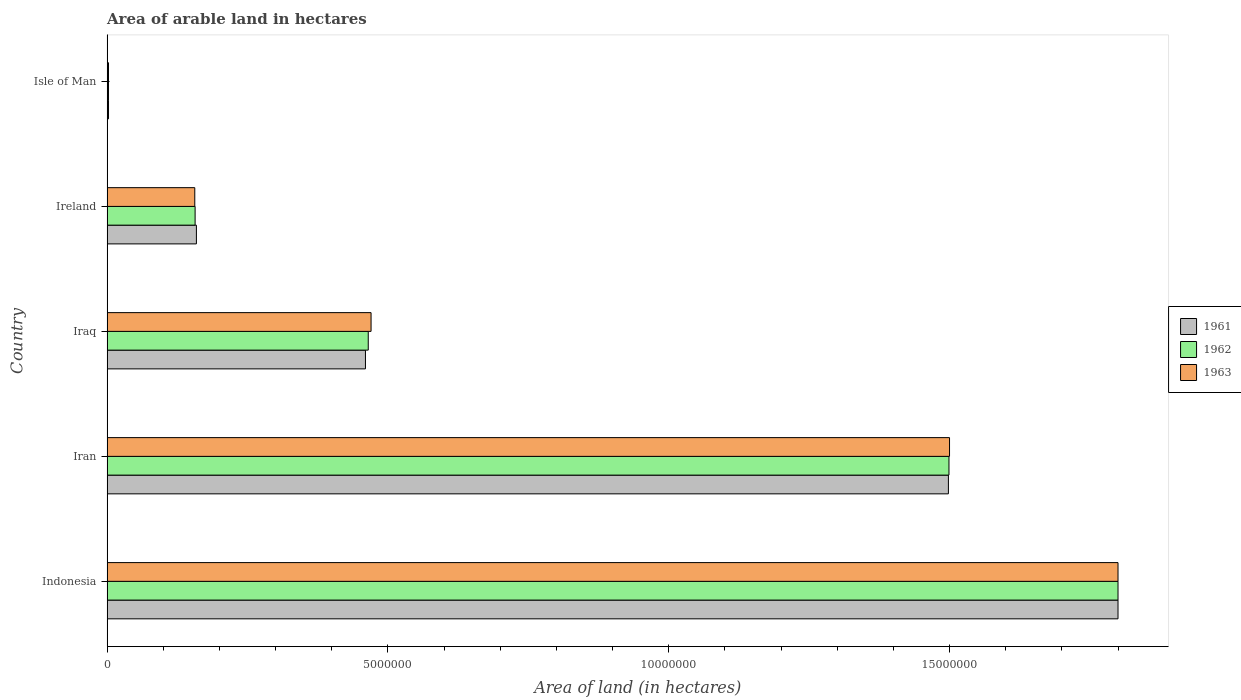
| Country | 1961 | 1962 | 1963 |
 | --- | --- | --- | --- |
 | Indonesia | 1.8e+07 | 1.8e+07 | 1.8e+07 |
 | Iran | 1.5e+07 | 1.5e+07 | 1.5e+07 |
 | Iraq | 4.6e+06 | 4.65e+06 | 4.7e+06 |
 | Ireland | 1.59e+06 | 1.57e+06 | 1.56e+06 |
 | Isle of Man | 2.5e+04 | 2.5e+04 | 2.47e+04 |